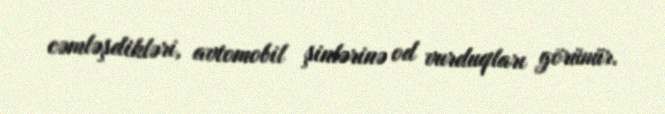
cəmləşdikləri, avtomobil şinlərinə od vurduqları görünür.